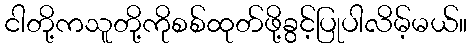
ငါတို့ကသူတို့ကိုစစ်ထုတ်ဖို့ခွင့်ပြုပါလိမ့်မယ်။